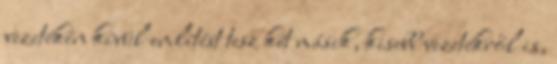
vezetékén kívül említést tesz két másik, kisebb vezetékről is,